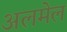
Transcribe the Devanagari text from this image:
अलमेल